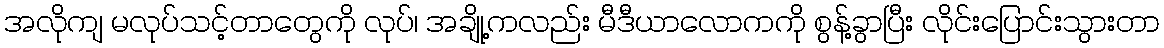
အလိုကျ မလုပ်သင့်တာတွေကို လုပ်၊ အချို့ကလည်း မီဒီယာလောကကို စွန့်ခွာပြီး လိုင်းပြောင်းသွားတာ